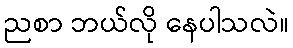
ညစာ ဘယ်လို နေပါသလဲ။